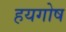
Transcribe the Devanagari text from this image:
हयगोष